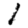
Digit: 1